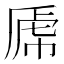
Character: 𰲝